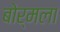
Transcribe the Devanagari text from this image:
बोर्मला